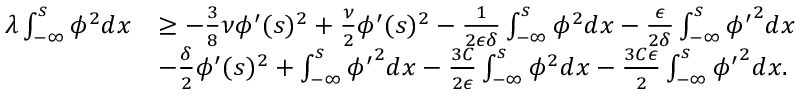
\begin{array} { r l } { \lambda \int _ { - \infty } ^ { s } \phi ^ { 2 } d x } & { \ge - \frac { 3 } { 8 } \nu \phi ^ { \prime } ( s ) ^ { 2 } + \frac { \nu } { 2 } \phi ^ { \prime } ( s ) ^ { 2 } - \frac { 1 } { 2 \epsilon \delta } \int _ { - \infty } ^ { s } \phi ^ { 2 } d x - \frac { \epsilon } { 2 \delta } \int _ { - \infty } ^ { s } { \phi ^ { \prime } } ^ { 2 } d x } \\ & { - \frac { \delta } { 2 } \phi ^ { \prime } ( s ) ^ { 2 } + \int _ { - \infty } ^ { s } { \phi ^ { \prime } } ^ { 2 } d x - \frac { 3 C } { 2 \epsilon } \int _ { - \infty } ^ { s } \phi ^ { 2 } d x - \frac { 3 C \epsilon } { 2 } \int _ { - \infty } ^ { s } { \phi ^ { \prime } } ^ { 2 } d x . } \end{array}